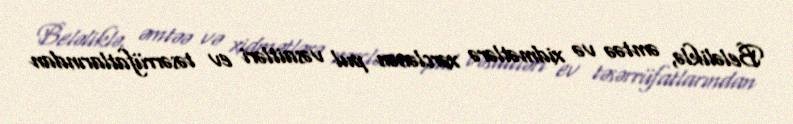
Beləliklə, əmtəə və xidmətlərə xərclənən pul vəsaitləri ev təsərrüfatlarından